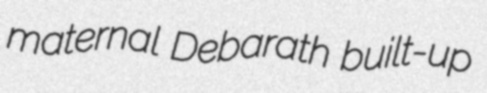
maternal Debarath built-up